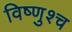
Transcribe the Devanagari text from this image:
विष्णुश्च